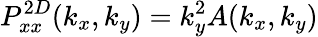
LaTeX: P_{xx}^{2D}(k_{x},k_{y})=k_{y}^{2}A(k_{x},k_{y})